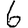
Digit: 6